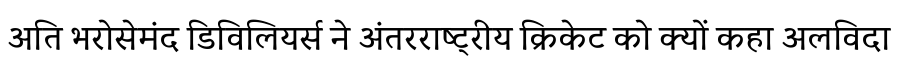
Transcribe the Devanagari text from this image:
अति भरोसेमंद डिविलियर्स ने अंतरराष्ट्रीय क्रिकेट को क्यों कहा अलविदा